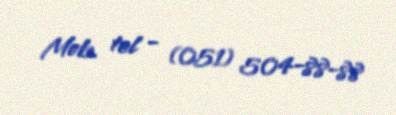
Mob. tel - (051) 504-88-88